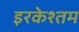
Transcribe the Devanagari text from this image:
इरकेश्तम